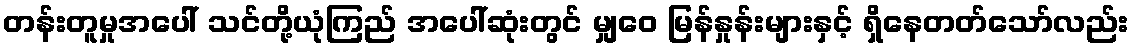
တန်းတူမှုအပေါ် သင်တို့ယုံကြည် အပေါ်ဆုံးတွင် မျှဝေ မြန်နှုန်းများနှင့် ရှိနေတတ်သော်လည်း